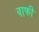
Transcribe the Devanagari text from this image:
वाफी